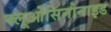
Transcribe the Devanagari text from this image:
फ्लूओसिनोनाइड